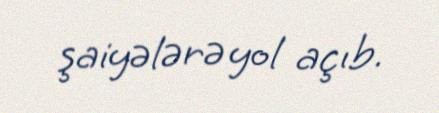
şaiyələrə yol açıb.